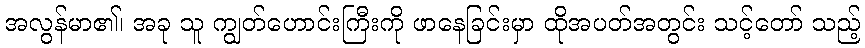
အလွန်မာ၏၊ အခု သူ ကျွတ်ဟောင်းကြီးကို ဖာနေခြင်းမှာ ထိုအပတ်အတွင်း သင့်တော် သည့်